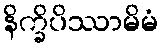
နိက္ခိပိဿာမိမံ